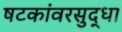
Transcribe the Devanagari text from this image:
षटकांवरसुद्धा